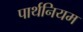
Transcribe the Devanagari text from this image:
पार्थनियम